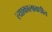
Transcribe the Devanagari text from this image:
त्याकालावधीत